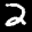
Label: 2